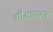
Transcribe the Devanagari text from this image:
सीमावरण